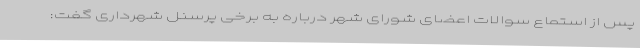
پس از استماع سوالات اعضای شورای شهر درباره به برخی پرسنل شهرداری گفت: